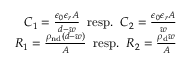
\begin{array} { r } { C _ { 1 } = \frac { \epsilon _ { 0 } \epsilon _ { r } A } { d - w } \; \; \mathrm { r e s p . } \; \; C _ { 2 } = \frac { \epsilon _ { 0 } \epsilon _ { r } A } { w } } \\ { R _ { 1 } = \frac { \rho _ { \mathrm { n d } } ( d - w ) } { A } \; \; \mathrm { r e s p . } \; \; R _ { 2 } = \frac { \rho _ { \mathrm { d } } w } { A } } \end{array}